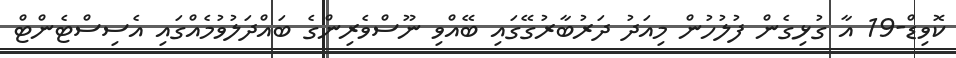
ކޮވިޑް-19 އާ ގުޅިގެން ފުލުހުން މިއަދު ދަރުބާރުގޭގައި ބޭއްވި ނޫސްވެރިންގެ ބައްދަލުވުމެއްގައި އެސިސްޓެންޓް